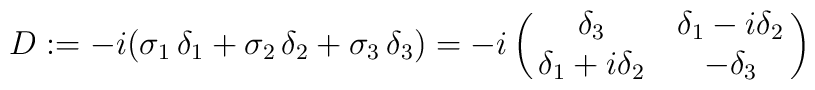
D := -i(\sigma_1\,\delta_1 + \sigma_2\,\delta_2 + \sigma_3\,\delta_3)   = -i\pmatrix{\delta_3 & \delta_1 - i\delta_2  \cr                \delta_1 + i\delta_2 & -\delta_3 \cr}